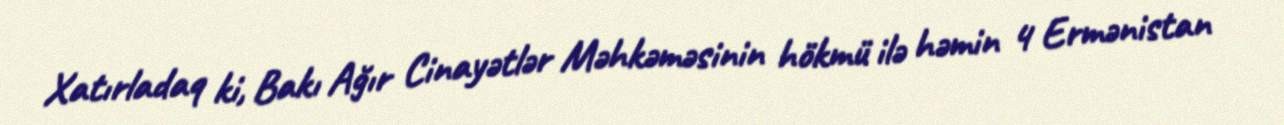
Xatırladaq ki, Bakı Ağır Cinayətlər Məhkəməsinin hökmü ilə həmin 4 Ermənistan